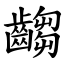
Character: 齺